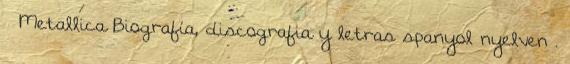
↑ Metallica Biografía, discografia y letras spanyol nyelven .